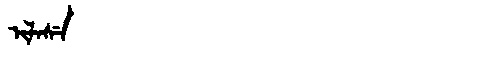
Manchu: ᡳᠯᠠᠰᡝ
Romanization: ILASE